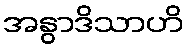
အနွာဒိသာဟိ